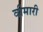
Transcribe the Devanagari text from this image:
वीमारी